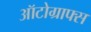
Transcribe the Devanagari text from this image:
ऑटोग्राफ्स